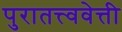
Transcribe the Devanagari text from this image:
पुरातत्त्ववेत्ती